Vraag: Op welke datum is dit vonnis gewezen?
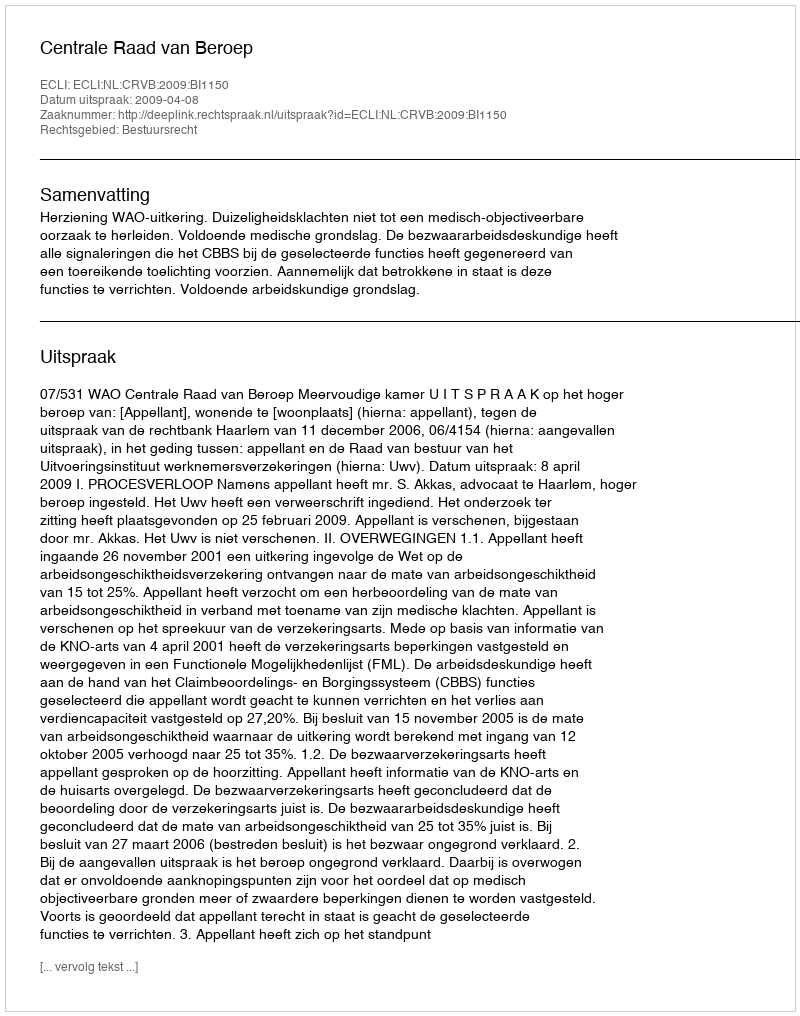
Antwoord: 2009-04-08